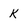
Character: k